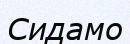
Сидамо